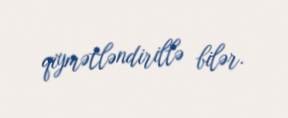
qiymətləndirillə bilər.